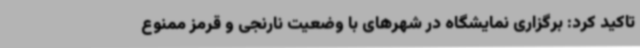
تاکید کرد: برگزاری نمایشگاه در شهرهای با وضعیت نارنجی و قرمز ممنوع